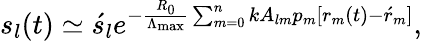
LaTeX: \begin{array}{r}{s_{l}(t)\simeq\acute{s}_{l}e^{-\frac{R_{0}}{\Lambda_{\mathrm{max}}}\sum_{m=0}^{n}{kA_{lm}p_{m}[r_{m}(t)-\acute{r}_{m}]}},}\end{array}